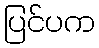
ပြင်ပက